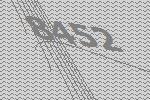
8452